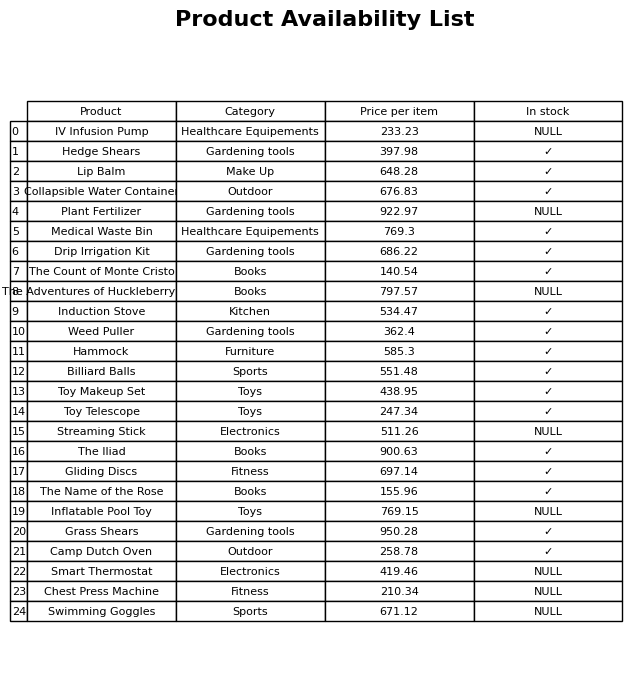
question: What is the stock status of the Gliding Discs?
answer: ✓